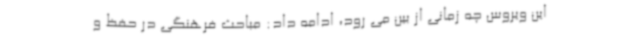
این ویروس چه زمانی از بین می رود، ادامه داد: مباحث فرهنگی در حفظ و